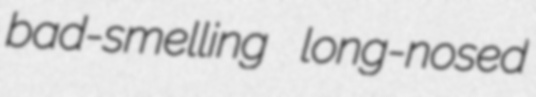
bad-smelling long-nosed